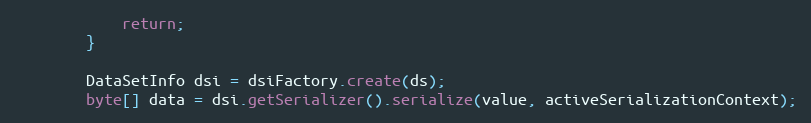
Language: Java
			return;
		}

		DataSetInfo dsi = dsiFactory.create(ds);
		byte[] data = dsi.getSerializer().serialize(value, activeSerializationContext);